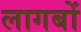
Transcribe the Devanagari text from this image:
लागबों